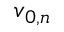
\boldsymbol { v } _ { 0 , n }